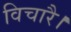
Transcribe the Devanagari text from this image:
विचारै।